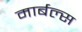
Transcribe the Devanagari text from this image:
मार्बल्स